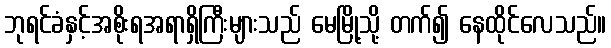
ဘုရင်ခံနှင့်အစိုးရအရာရှိကြီးများသည် မေမြို့သို့ တက်၍ နေထိုင်လေသည်။